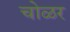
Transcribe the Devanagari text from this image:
चोळर